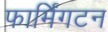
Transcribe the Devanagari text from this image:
फार्मिंगटन